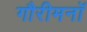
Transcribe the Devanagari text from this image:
गौरीमनॉ